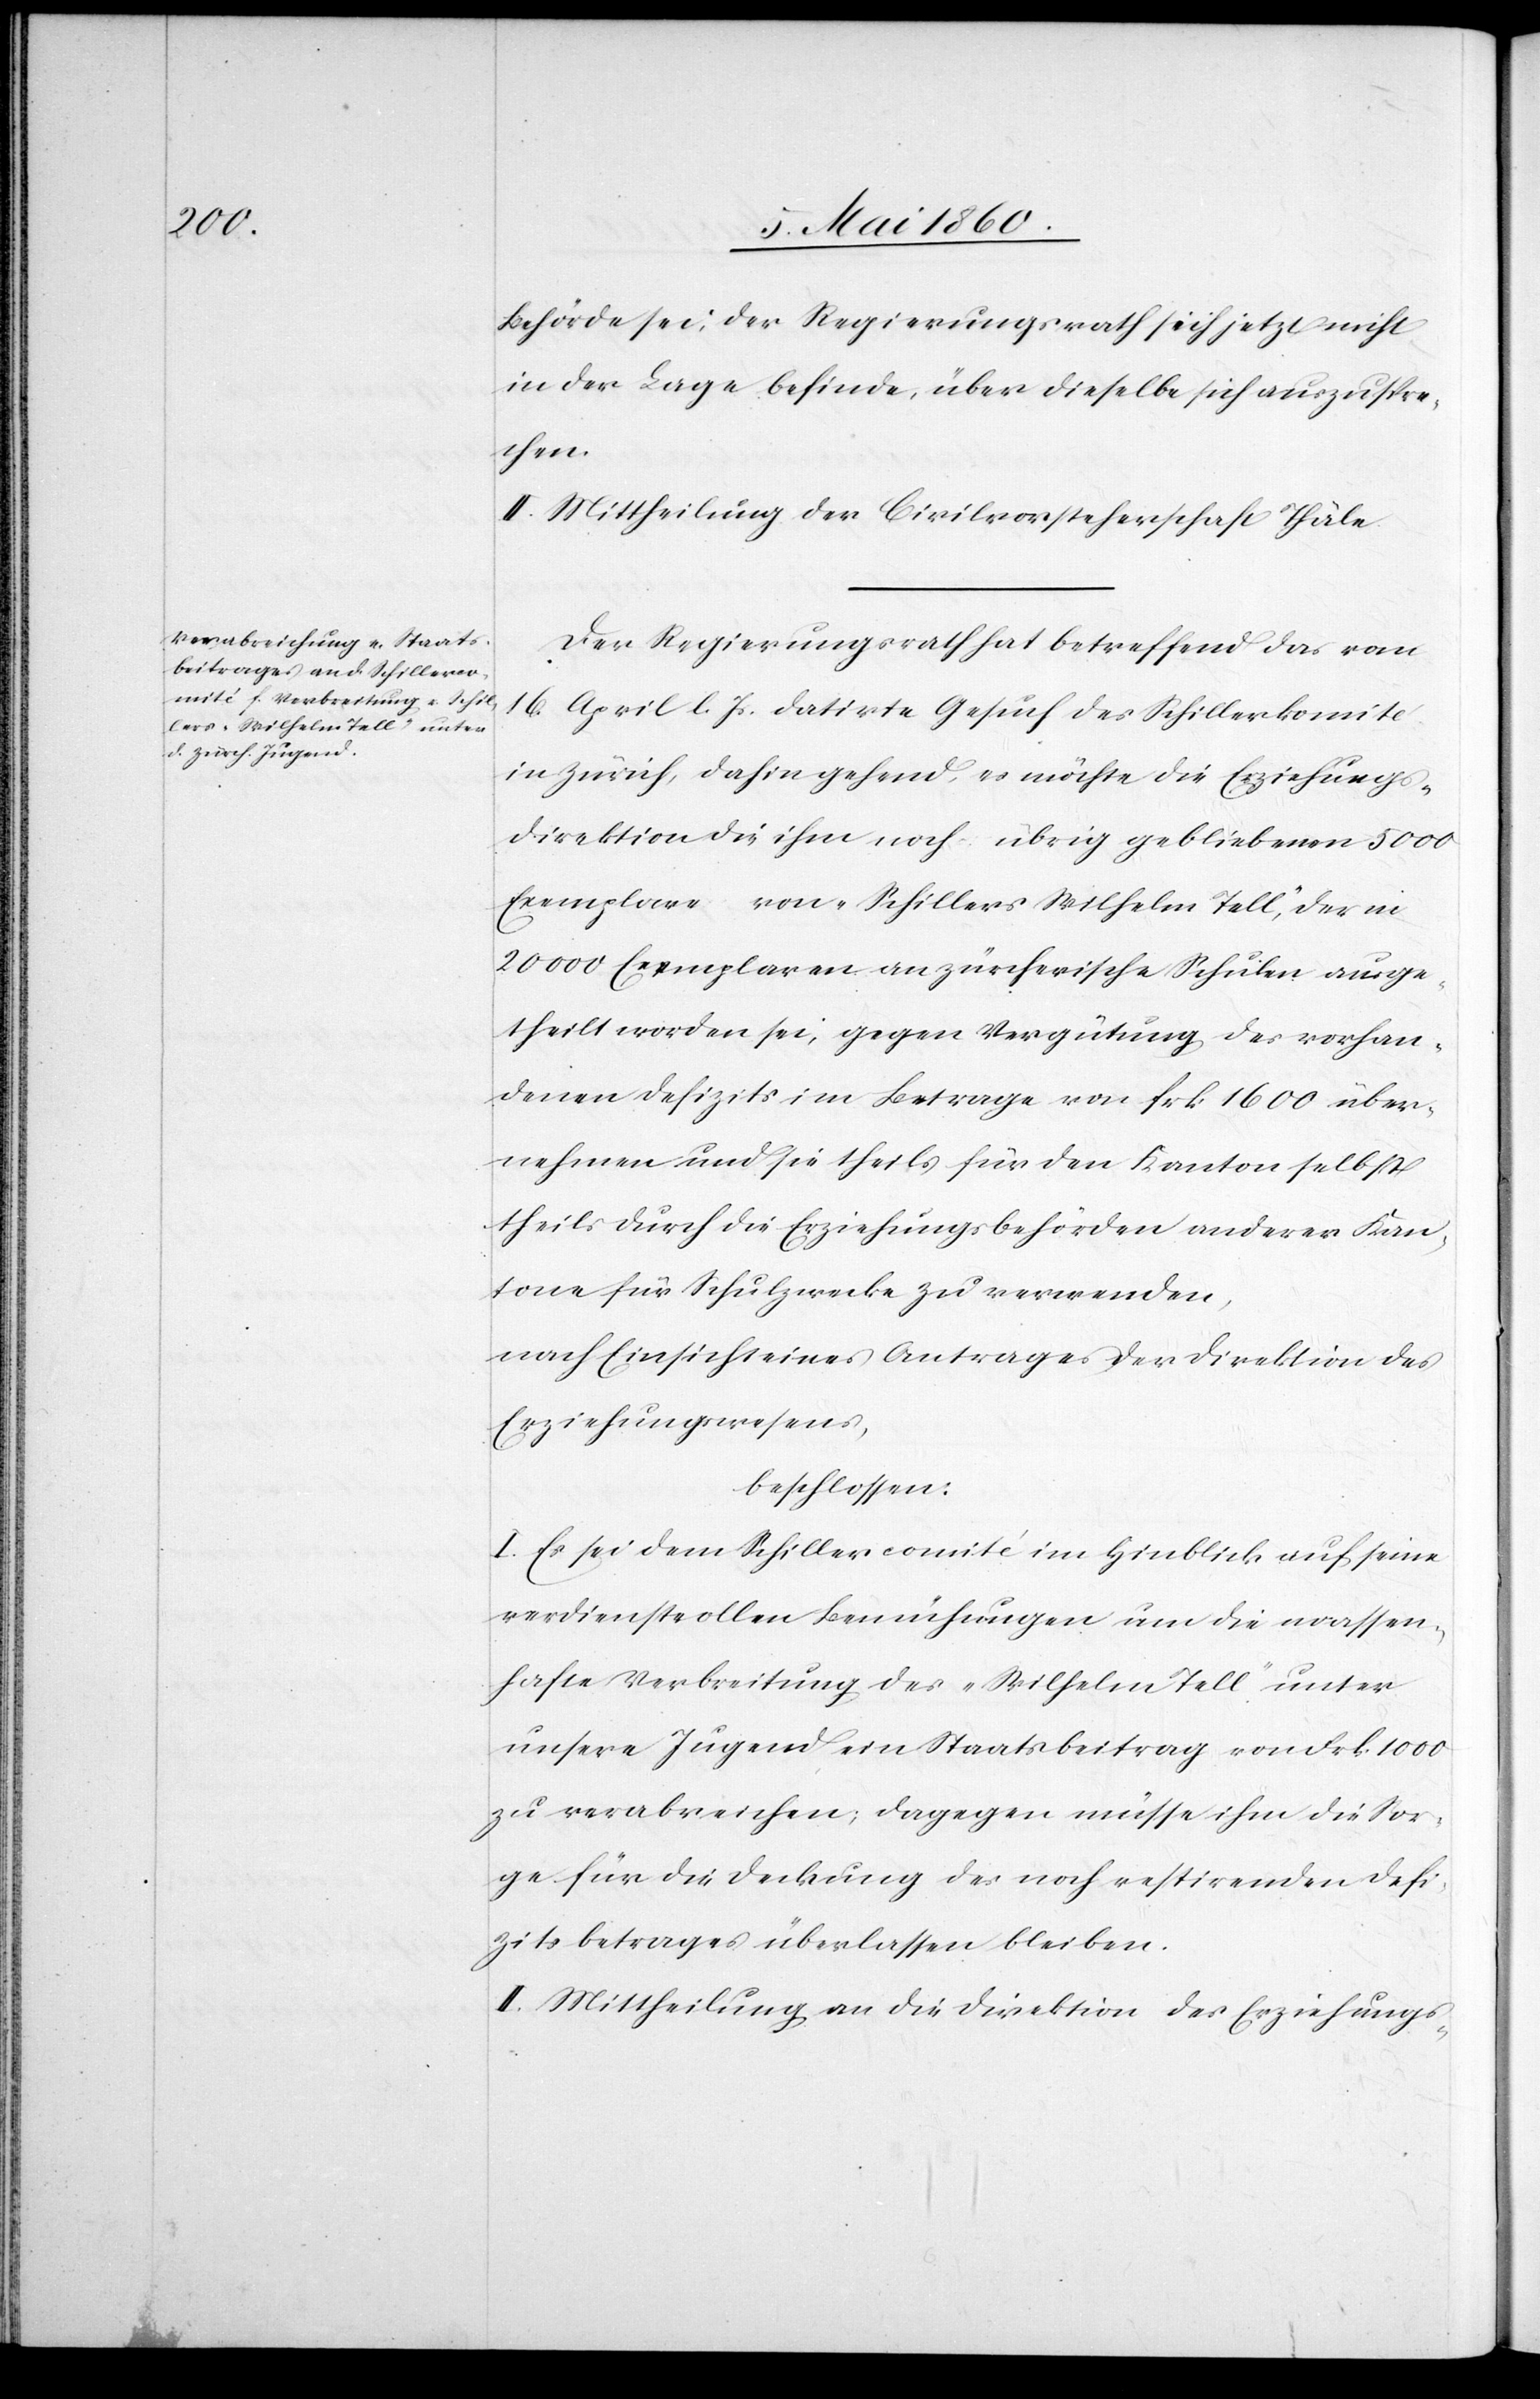
Behörde sei, der Regierungsrath sich jetzt nicht
in der Lage befinde, über dieselbe sich auszuspre¬
chen.
II. Mittheilung der Civilvorsteherschaft Thäle.
Der Regierungsrath hat betreffend das vom
16. April l. Js. datirte Gesuch des Schillerkomité
in Zürich, dahin gehend, es möchte die Erziehungs¬
direktion die ihm noch übrig gebliebenen 5000
Exemplare von „Schillers Wilhelm Tell“, der in
20 000 Exemplaren an zürcherische Schulen ausge¬
theilt worden sei, gegen Vergütung des vorhan¬
denen Defizits im Betrage von frk. 1600 über¬
nehmen um sie theils für den Kanton selbst
theils für die Erziehungsbehörden anderer Kan¬
tone für Schulzwecke zu verwenden,
nach Einsicht eines Antrages der Direktion des
Erziehungswesens,
beschlossen:
I. Es sei dem Schillercomité im Hinblick auf seine
verdienstvollen Bemühungen um die massen¬
hafte Verbreitung des „Wilhelm Tell“ unter
unsere Jugend ein Staatsbeitrag von Frk. 1000
zu verabreichen, dagegen müsse ihm die Sor¬
ge für die Deckung des noch restirenden Defi¬
zitsbetrages überlassen bleiben.
II. Mittheilung an die Direktion des Erziehungs-